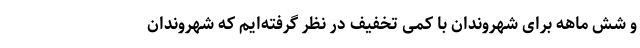
و شش ماهه برای شهروندان با کمی تخفیف در نظر گرفته‌ایم که شهروندان